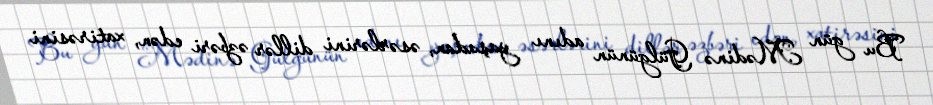
Bu gün Mədinə Gülgünün adını yaşadan, əsərlərini dillər əzbəri edən, xatirəsini